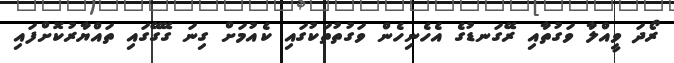
ރޯދަ ވީއްލާ ވަގުތާއި ރޭގަނޑުގެ އެހެނިހެން ވަގުތުތަކުގައި ކެއުމަށް ގިނަ ގޭގޭގައި ތައްޔާރުކޮށްފައި